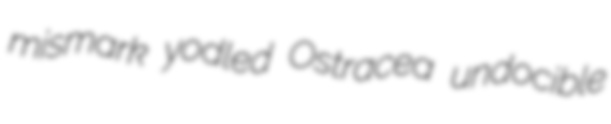
mismark yodled Ostracea undocible